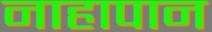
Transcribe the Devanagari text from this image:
नाहापान